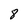
Character: 8